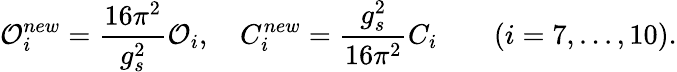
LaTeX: {\cal O}_{i}^{new}=\frac{16\pi^{2}}{g_{s}^{2}}{\cal O}_{i},\quad C_{i}^{new}=\frac{g_{s}^{2}}{16\pi^{2}}C_{i}\quad\quad(i=7,...,10).